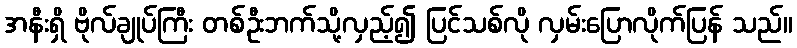
အနီးရှိ ဗိုလ်ချုပ်ကြီး တစ်ဦးဘက်သို့လှည့်၍ ပြင်သစ်လို လှမ်းပြောလိုက်ပြန် သည်။